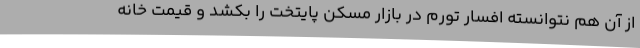
از آن هم نتوانسته افسار تورم در بازار مسکن پایتخت را بکشد و قیمت خانه